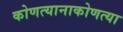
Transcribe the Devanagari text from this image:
कोणत्यानाकोणत्या